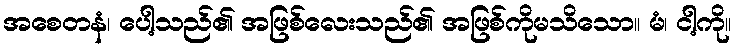
အစေတနံ၊ ပေါ့သည်၏ အဖြစ်လေးသည်၏ အဖြစ်ကိုမသိသော။ မံ၊ ငါ့ကို။